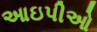
આઇપીઓ